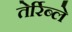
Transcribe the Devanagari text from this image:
तेर्रिब्ले